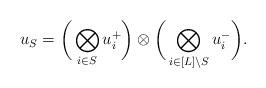
LaTeX: \begin{align*}u_S = \bigg( \bigotimes_{i \in S} u_i^{+}\bigg) \otimes \bigg( \bigotimes_{i \in [L] \setminus S} u_i^{-}\bigg).\end{align*}